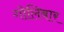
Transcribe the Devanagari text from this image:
गोलिबार